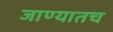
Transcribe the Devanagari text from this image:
जाण्यातच